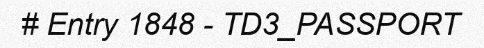
# Entry 1848 - TD3_PASSPORT